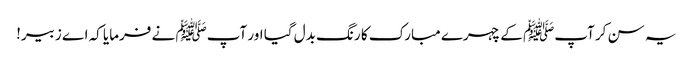
یہ سن کر آپﷺ کے چہرے مبارک کا رنگ بدل گیا اور آپﷺ نے فرمایا کہ اے زبیر!